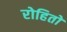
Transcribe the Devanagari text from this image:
रोहितो